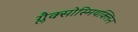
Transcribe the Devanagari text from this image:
ग्लैक्सोस्मिथक्लिन